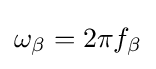
\omega _{\beta }=2\pi f_{\beta }